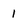
Character: 1